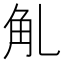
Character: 𧢳